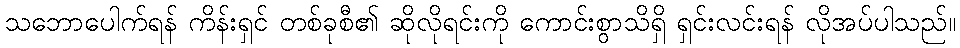
သဘောပေါက်ရန် ကိန်းရှင် တစ်ခုစီ၏ ဆိုလိုရင်းကို ကောင်းစွာသိရှိ ရှင်းလင်းရန် လိုအပ်ပါသည်။